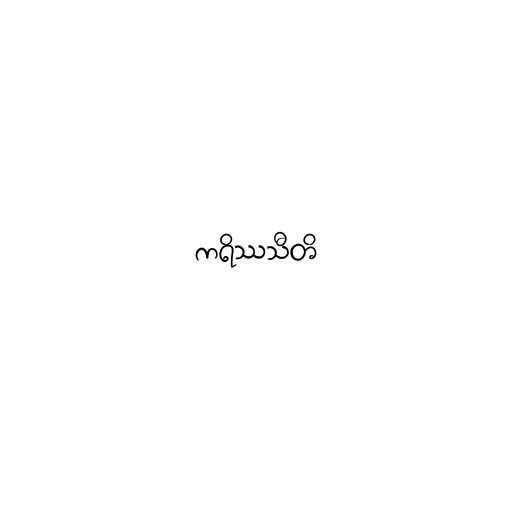
ကရိဿသီတိ